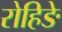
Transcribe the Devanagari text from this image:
रोहिङे